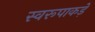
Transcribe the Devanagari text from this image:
स्वरूपाकड़े